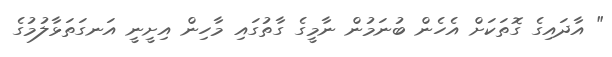
" އާދައިގެ ގޮތަކަށް އެހެން ބުނަމުން ނާމީގެ ގާތުގައި މާހިން އިށީނީ އަނގަތަޅާލުމުގެ